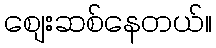
စျေးဆစ်နေတယ်။